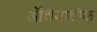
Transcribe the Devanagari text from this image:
ॲशियाटीक